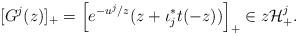
LaTeX: \begin{align*}[G^j(z)]_+=\left[e^{-u^j/z}(z+\iota_j^*t(-z))\right]_+\in z\mathcal H^j_+ .\end{align*}